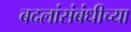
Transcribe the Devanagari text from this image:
बदलांसंबंधीच्या